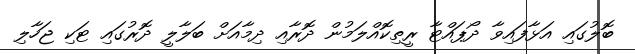
ބޮލުގައި އަޅާފައިވާ ދޯޕައްޓާ ރީތިކޮއްލަމުން ދޮރާއި ދިމާއަށް ބަލާލީ ދޮރުގައި ޓަކި ޖަހާލި